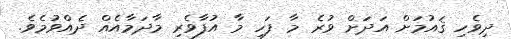
ދިވެހި ޤައުމަށް އަދަށް ވުރެ މާ ފަހި މާ އުފާވެރި މާދަމާއެއް ދެއްވުމެވެ.